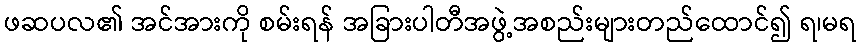
ဖဆပလ၏ အင်အားကို စမ်းရန် အခြားပါတီအဖွဲ့အစည်းများတည်ထောင်၍ ရ၊မရ